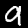
Label: 9